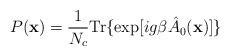
\begin{align*}P({\bf x}) = \frac 1{N_c} {\rm Tr} \{ \exp[ig\beta \hat{A}_0({\bf x}) ] \}\end{align*}